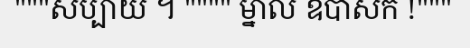
"""សប្បាយ ។ """" ម្នាល ឧបាសក !"""